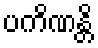
ပကိဏန္တိ